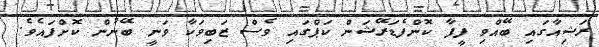
ރަޝިއާގައި ބޭއްވި ފީފާ ކޮންފެޑަރޭޝަން ކަޕްގައި ވެސް ޒަބިވަކާ ވަނީ ބޭނުން ކޮށްފައެވެ.